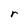
Character: r